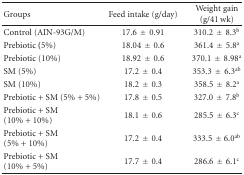
<table><thead><tr><td><b>Groups</b></td><td><b>Feed intake (g/day)</b></td><td><b>Weight gain (g/41 wk)</b></td></tr></thead><tbody><tr><td>Control (AIN-93G/M)</td><td>17.6±0.91</td><td>310.2±8.3<sup>b</sup></td></tr><tr><td>Prebiotic<b> (</b>5%)</td><td>18.04±0.6</td><td>361.4±5.8<sup>a</sup></td></tr><tr><td>Prebiotic (10%)</td><td>18.92±0.6</td><td> 370.1±8.98<sup>a</sup></td></tr><tr><td>SM (5%)</td><td>17.2±0.4</td><td> 353.3±6.3<sup>ab</sup></td></tr><tr><td>SM (10%)</td><td>18.2±0.3</td><td>358.5±8.2<sup>a</sup></td></tr><tr><td>Prebiotic + SM (5% + 5%)</td><td>17.8±0.5</td><td>327.0±7.8<sup>b</sup></td></tr><tr><td>Prebiotic + SM (10% + 10%)</td><td>18.1±0.6</td><td>285.5±6.3<sup>c</sup></td></tr><tr><td>Prebiotic + SM (5% + 10%)</td><td>17.2±0.4</td><td> 333.5± 6.0<sup>ab</sup></td></tr><tr><td>Prebiotic + SM (10% + 5%)</td><td>17.7±0.4</td><td>286.6±6.1<sup>c</sup></td></tr></tbody></table>